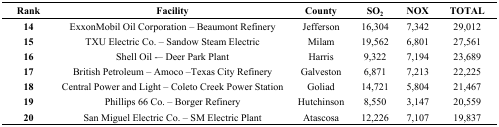
| Rank | Facility | County | SO2 | NOX | TOTAL |
 | --- | --- | --- | --- | --- | --- |
 | 14 | ExxonMobil Oil Corporation – Beaumont Refinery | Jefferson | 16,304 | 7,342 | 29,012 |
 | 15 | TXU Electric Co. – Sandow Steam Electric | Milam | 19,562 | 6,801 | 27,561 |
 | 16 | Shell Oil – Deer Park Plant | Harris | 9,322 | 7,194 | 23,689 |
 | 17 | British Petroleum – Amoco –Texas City Refinery | Galveston | 6,871 | 7,213 | 22,225 |
 | 18 | Central Power and Light – Coleto Creek Power Station | Goliad | 14,721 | 5,804 | 21,467 |
 | 19 | Phillips 66 Co. – Borger Refinery | Hutchinson | 8,550 | 3,147 | 20,559 |
 | 20 | San Miguel Electric Co. – SM Electric Plant | Atascosa | 12,226 | 7,107 | 19,837 |